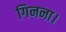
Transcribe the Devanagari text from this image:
गिनना।